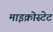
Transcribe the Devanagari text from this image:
माइक्रोस्टेट